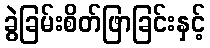
ခွဲခြမ်းစိတ်ဖြာခြင်းနှင့်